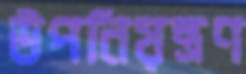
উপনিয়ন্ত্রণ